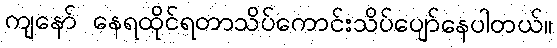
ကျနော် နေရထိုင်ရတာသိပ်ကောင်းသိပ်ပျော်နေပါတယ်။